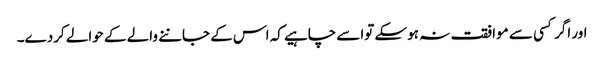
اور اگر کسی سے موافقت نہ ہوسکے تواسے چاہیے کہ اس کے جاننے والے کے حوالے کردے۔